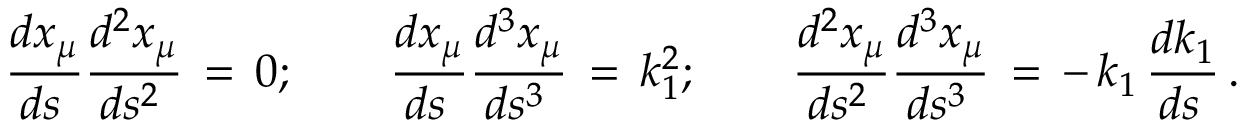
\frac { d x _ { \mu } } { d s \, } \frac { d ^ { 2 } x _ { \mu } } { d s ^ { 2 } \, } \, = \, 0 ; \qquad \frac { d x _ { \mu } } { d s \, } \frac { d ^ { 3 } x _ { \mu } } { d s ^ { 3 } \, } \, = \, k _ { 1 } ^ { 2 } ; \qquad \frac { d ^ { 2 } x _ { \mu } } { d s ^ { 2 } \, } \frac { d ^ { 3 } x _ { \mu } } { d s ^ { 3 } \, } \, = \, - \, k _ { 1 } \, \frac { d k _ { 1 } } { d s \, } \, { . }